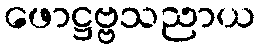
ဖောဋ္ဌဗ္ဗသညာယ